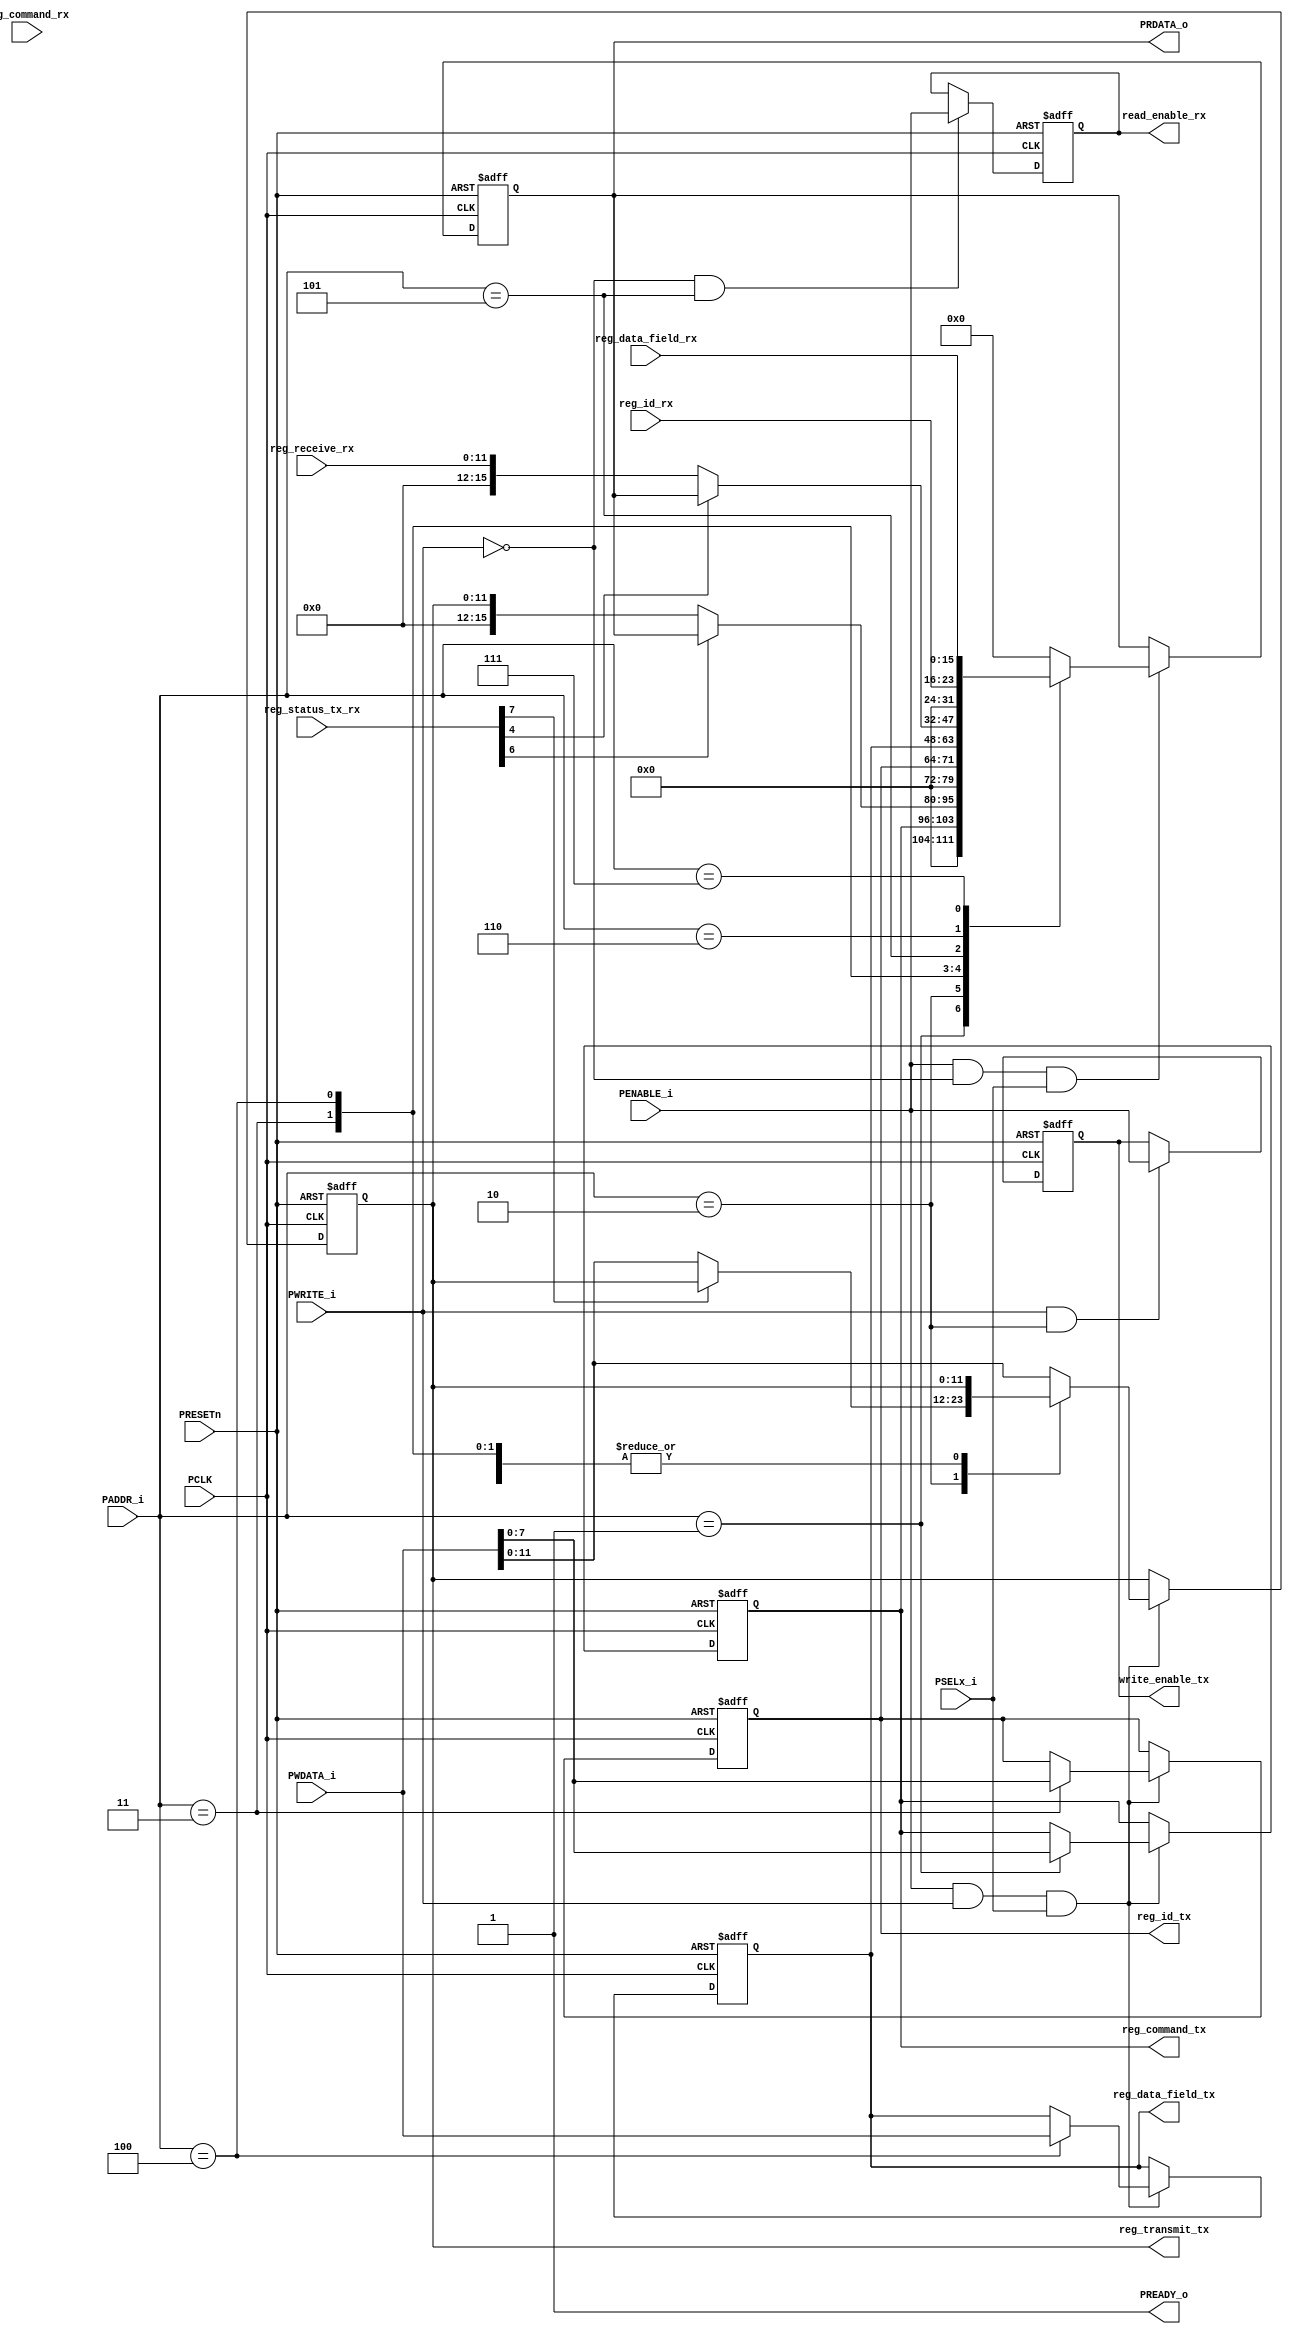
module apb_slave 
	#(parameter ADDRESSWIDTH= 3,
	parameter DATAWIDTH= 16)

	(
	input PCLK,
	input PRESETn,
	input [ADDRESSWIDTH-1:0]PADDR_i,
	input [DATAWIDTH-1:0] PWDATA_i,
	input PWRITE_i,
	input PSELx_i,
	input PENABLE_i,
	output reg [DATAWIDTH-1:0] PRDATA_o,
	output PREADY_o,

	//REGISTER
	output reg [7:0] reg_command_tx,		//RW
	output reg [11:0] reg_transmit_tx,	//RW
	output reg [7:0] reg_id_tx,		//RW
	output reg [15:0] reg_data_field_tx,		//RW

	input [11:0] reg_receive_rx,		//READ ONLY
	input [7:0] reg_id_rx,			//READ ONLY
	input [15:0] reg_data_field_rx,		//READ ONLY
	input [7:0] reg_command_rx,

	input [7:0] reg_status_tx_rx,		//READ ONLY
 
	//output control fifo tx
	output reg write_enable_tx,
	output reg read_enable_rx
	
	);
	assign PREADY_o = 1;
	always @(posedge PCLK or negedge PRESETn) begin
 		if(!PRESETn) begin
			PRDATA_o <= 0;
			reg_command_tx <= 0;
			reg_transmit_tx <= 0; 
			reg_id_tx <= 0;
			reg_data_field_tx <= 0;
			write_enable_tx <= 0;
			read_enable_rx <= 0;
		end
		else begin
			if (PENABLE_i & PWRITE_i & PSELx_i) begin
				case (PADDR_i)
				
					1: reg_command_tx <= PWDATA_i[7:0];
					2: begin
						if(!reg_status_tx_rx[7]) begin	
							reg_transmit_tx <= PWDATA_i[11:0];
						end
						
					end
					3: reg_id_tx <= PWDATA_i[7:0];
					4: reg_data_field_tx <= PWDATA_i[15:0];
					default: reg_transmit_tx <= PWDATA_i[11:0];
				endcase
			end

			if (PWRITE_i & PADDR_i == 2) begin
				write_enable_tx <= PENABLE_i;
			end

			if(PENABLE_i & !PWRITE_i & PSELx_i) begin
				case (PADDR_i)
					1: PRDATA_o <= reg_command_tx;
					2: begin
						if(!reg_status_tx_rx[6]) begin	
							PRDATA_o <= reg_transmit_tx;
						end
						
					end
					3: PRDATA_o <= reg_id_tx;
					4: PRDATA_o <= reg_data_field_tx;
					5: begin
						if(!reg_status_tx_rx[4]) begin	
							PRDATA_o <= reg_receive_rx;
						end
					end
					6: PRDATA_o <= reg_id_rx;
					7: PRDATA_o <= reg_data_field_rx;
					8: PRDATA_o <= reg_status_tx_rx;
					9: PRDATA_o <= reg_command_rx;
					default: PRDATA_o <= 0;
				endcase
			end

			if (!PWRITE_i & PADDR_i == 5) read_enable_rx <= PENABLE_i;
		end
	end
endmodule